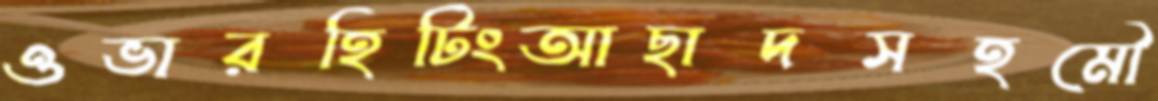
ওভারহিটিংআছাদসহমৌ